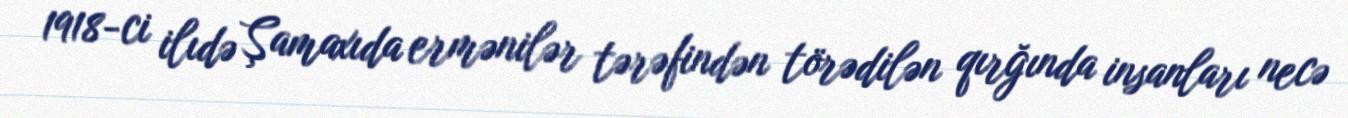
1918-ci ilıdə Şamaxıda ermənilər tərəfindən törədilən qırğında insanları necə